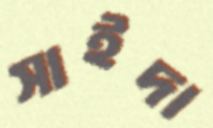
সাইদা